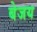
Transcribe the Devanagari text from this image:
बेजय